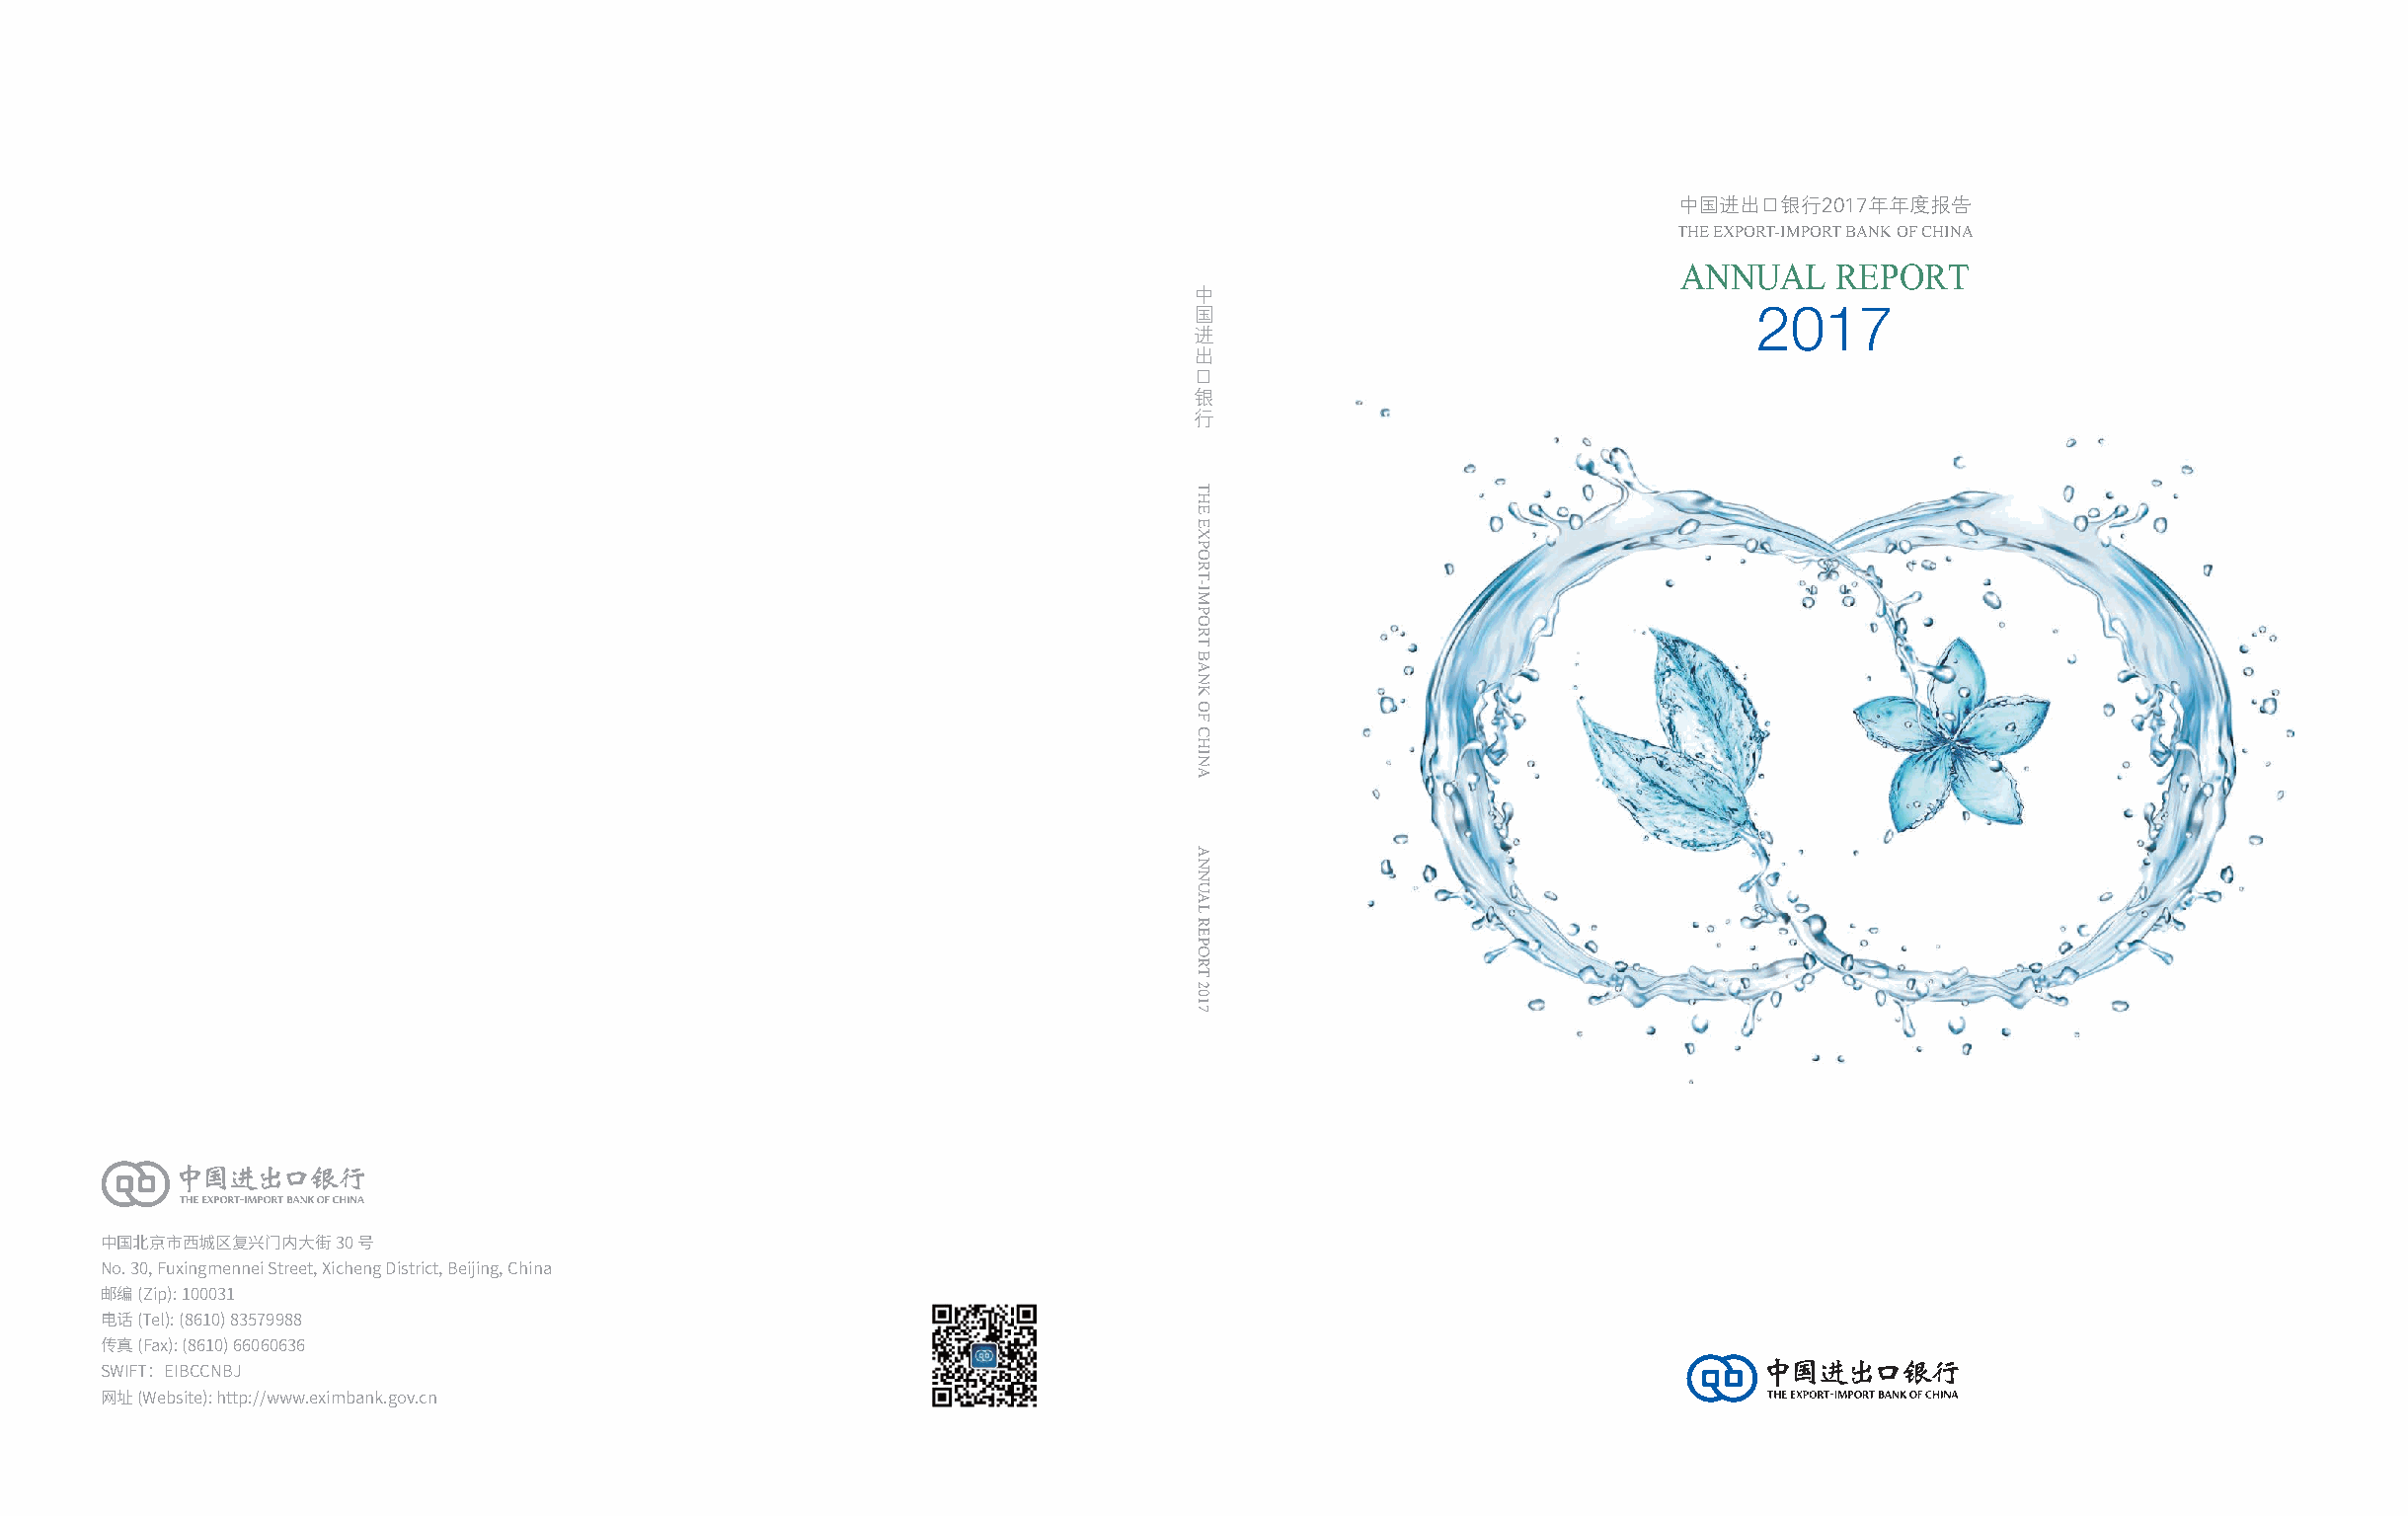
中国进出口银行2017年年度报告
 THE EXPORT-IMPORT BANK OF CHINA
 ANNUAL    REPORT
 中
 国                                     2017
 进
 出
 口
 银
 行
 中国北京市西城区复兴门内大街30号
 No. 30, Fuxingmennei Street, Xicheng District, Beijing, China
 邮编(Zip): 100031
 电话(Tel): (8610) 83579988
 传真(Fax): (8610) 66060636
 SWIFT：EIBCCNBJ
 网址(Website): http://www.eximbank.gov.cn
 THE
 EXPORT-IMPORT
 BANK
 OF
 CHINA
 ANNUAL
 REPORT
 2017